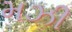
મઝી